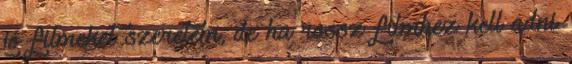
jó filmeket szeretem, de ha rossz filmhez kell adni